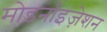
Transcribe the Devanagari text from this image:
मोडर्नाइज़ेशन